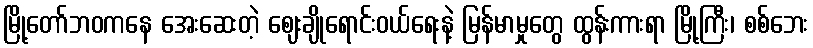
မြို့တော်ဘဝကနေ အေးဆေးတဲ့ ဈေးချိုရောင်းဝယ်ရေးနဲ့ မြန်မာမှုတွေ ထွန်းကားရာ မြို့ကြီး၊ စစ်ဘေး